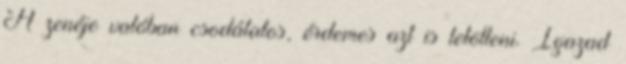
A zenéje valóban csodálatos, érdemes azt is letölteni. Igazad